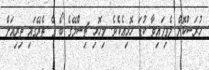
ހުރަސްކޮށް ލެވިފައިވާ ކުޑަ ހޮޅިއެކެވެ. މިހޮޅި ޗިސްމޭގެ ބޯ ގެ ތެރޭގައި ތިރިއަށް